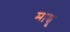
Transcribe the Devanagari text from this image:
माच्चु